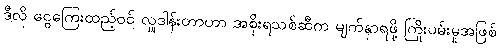
ဒီလို ငွေကြေးထည့်ဝင် လှူဒါန်းတာဟာ အစိုးရသစ်ဆီက မျက်နှာရဖို့ ကြိုးပမ်းမှုအဖြစ်